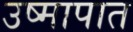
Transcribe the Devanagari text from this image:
उष्मापात